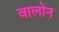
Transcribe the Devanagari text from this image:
वालोन